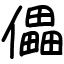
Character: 儡